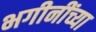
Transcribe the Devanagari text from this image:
भगीनींच्या